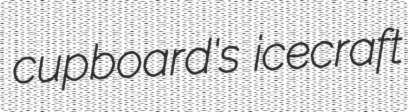
cupboard's icecraft